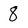
Character: 8